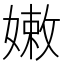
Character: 嫩